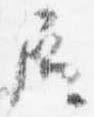
屋